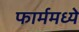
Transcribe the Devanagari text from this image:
फार्ममध्ये